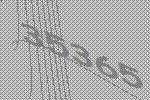
35365